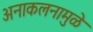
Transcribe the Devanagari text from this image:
अनाकलनामुळे